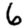
Digit: 6